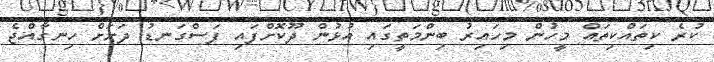
ކުރެ ކިތައްކިތައް މީހުން މިހައިރު ބިންމަތީގައި އުޅުން ދޫކޮށްފައި ފަސްގަނޑު ދަށަށް ހިނގާއްޖެ